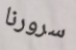
سرورنا